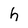
Character: h